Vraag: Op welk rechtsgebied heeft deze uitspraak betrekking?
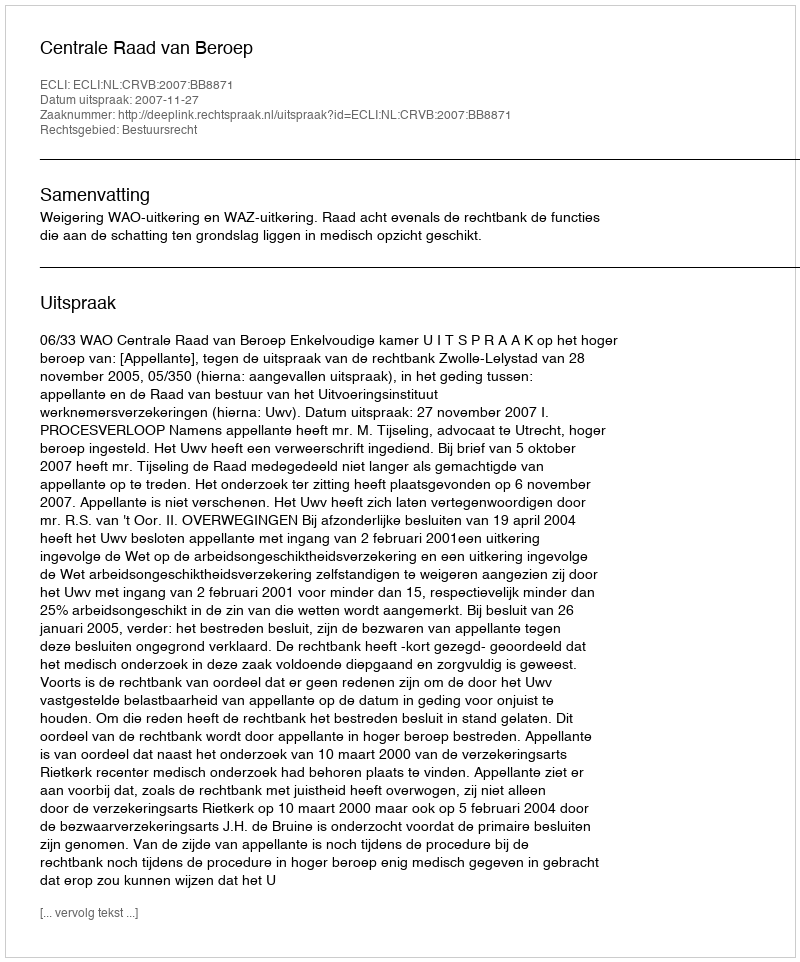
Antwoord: Bestuursrecht